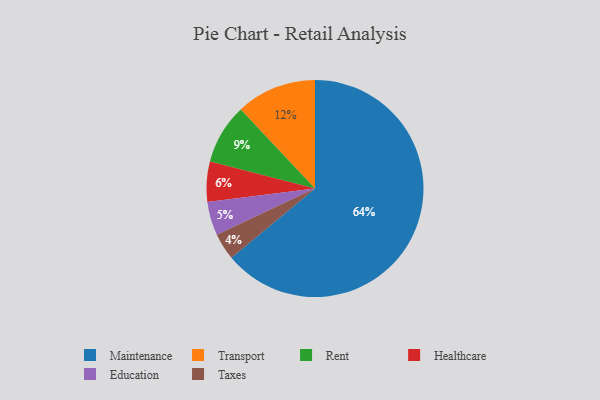
{"axis": {"x": "Category", "y": "Percentage"}, "legend": ["Education", "Healthcare", "Maintenance", "Rent", "Taxes", "Transport"], "data": [{"x": "Education", "y": 5, "type": "Education"}, {"x": "Maintenance", "y": 64, "type": "Maintenance"}, {"x": "Healthcare", "y": 6, "type": "Healthcare"}, {"x": "Rent", "y": 9, "type": "Rent"}, {"x": "Transport", "y": 12, "type": "Transport"}, {"x": "Taxes", "y": 4, "type": "Taxes"}]}